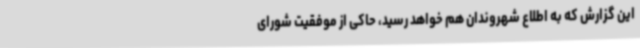
این گزارش که به اطلاع شهروندان هم خواهد رسید، حاکی از موفقیت شورای